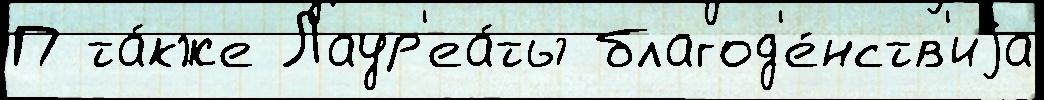
П та́кже Лаур'еа́ты благод'е́нств'иjа